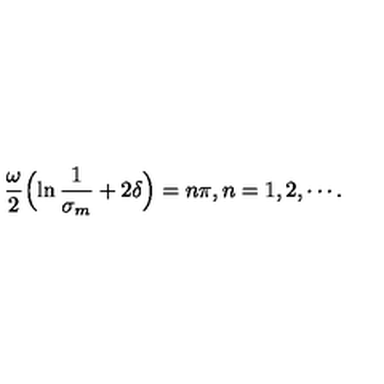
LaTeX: \frac { \omega } { 2 } \Bigl ( \ln \frac { 1 } { \sigma _ { m } } + 2 \delta \Bigr ) = n \pi , \mathop { n = 1 , 2 , } \cdots .